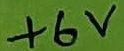
Text: +6V